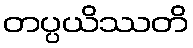
တပ္ပယိဿတိ